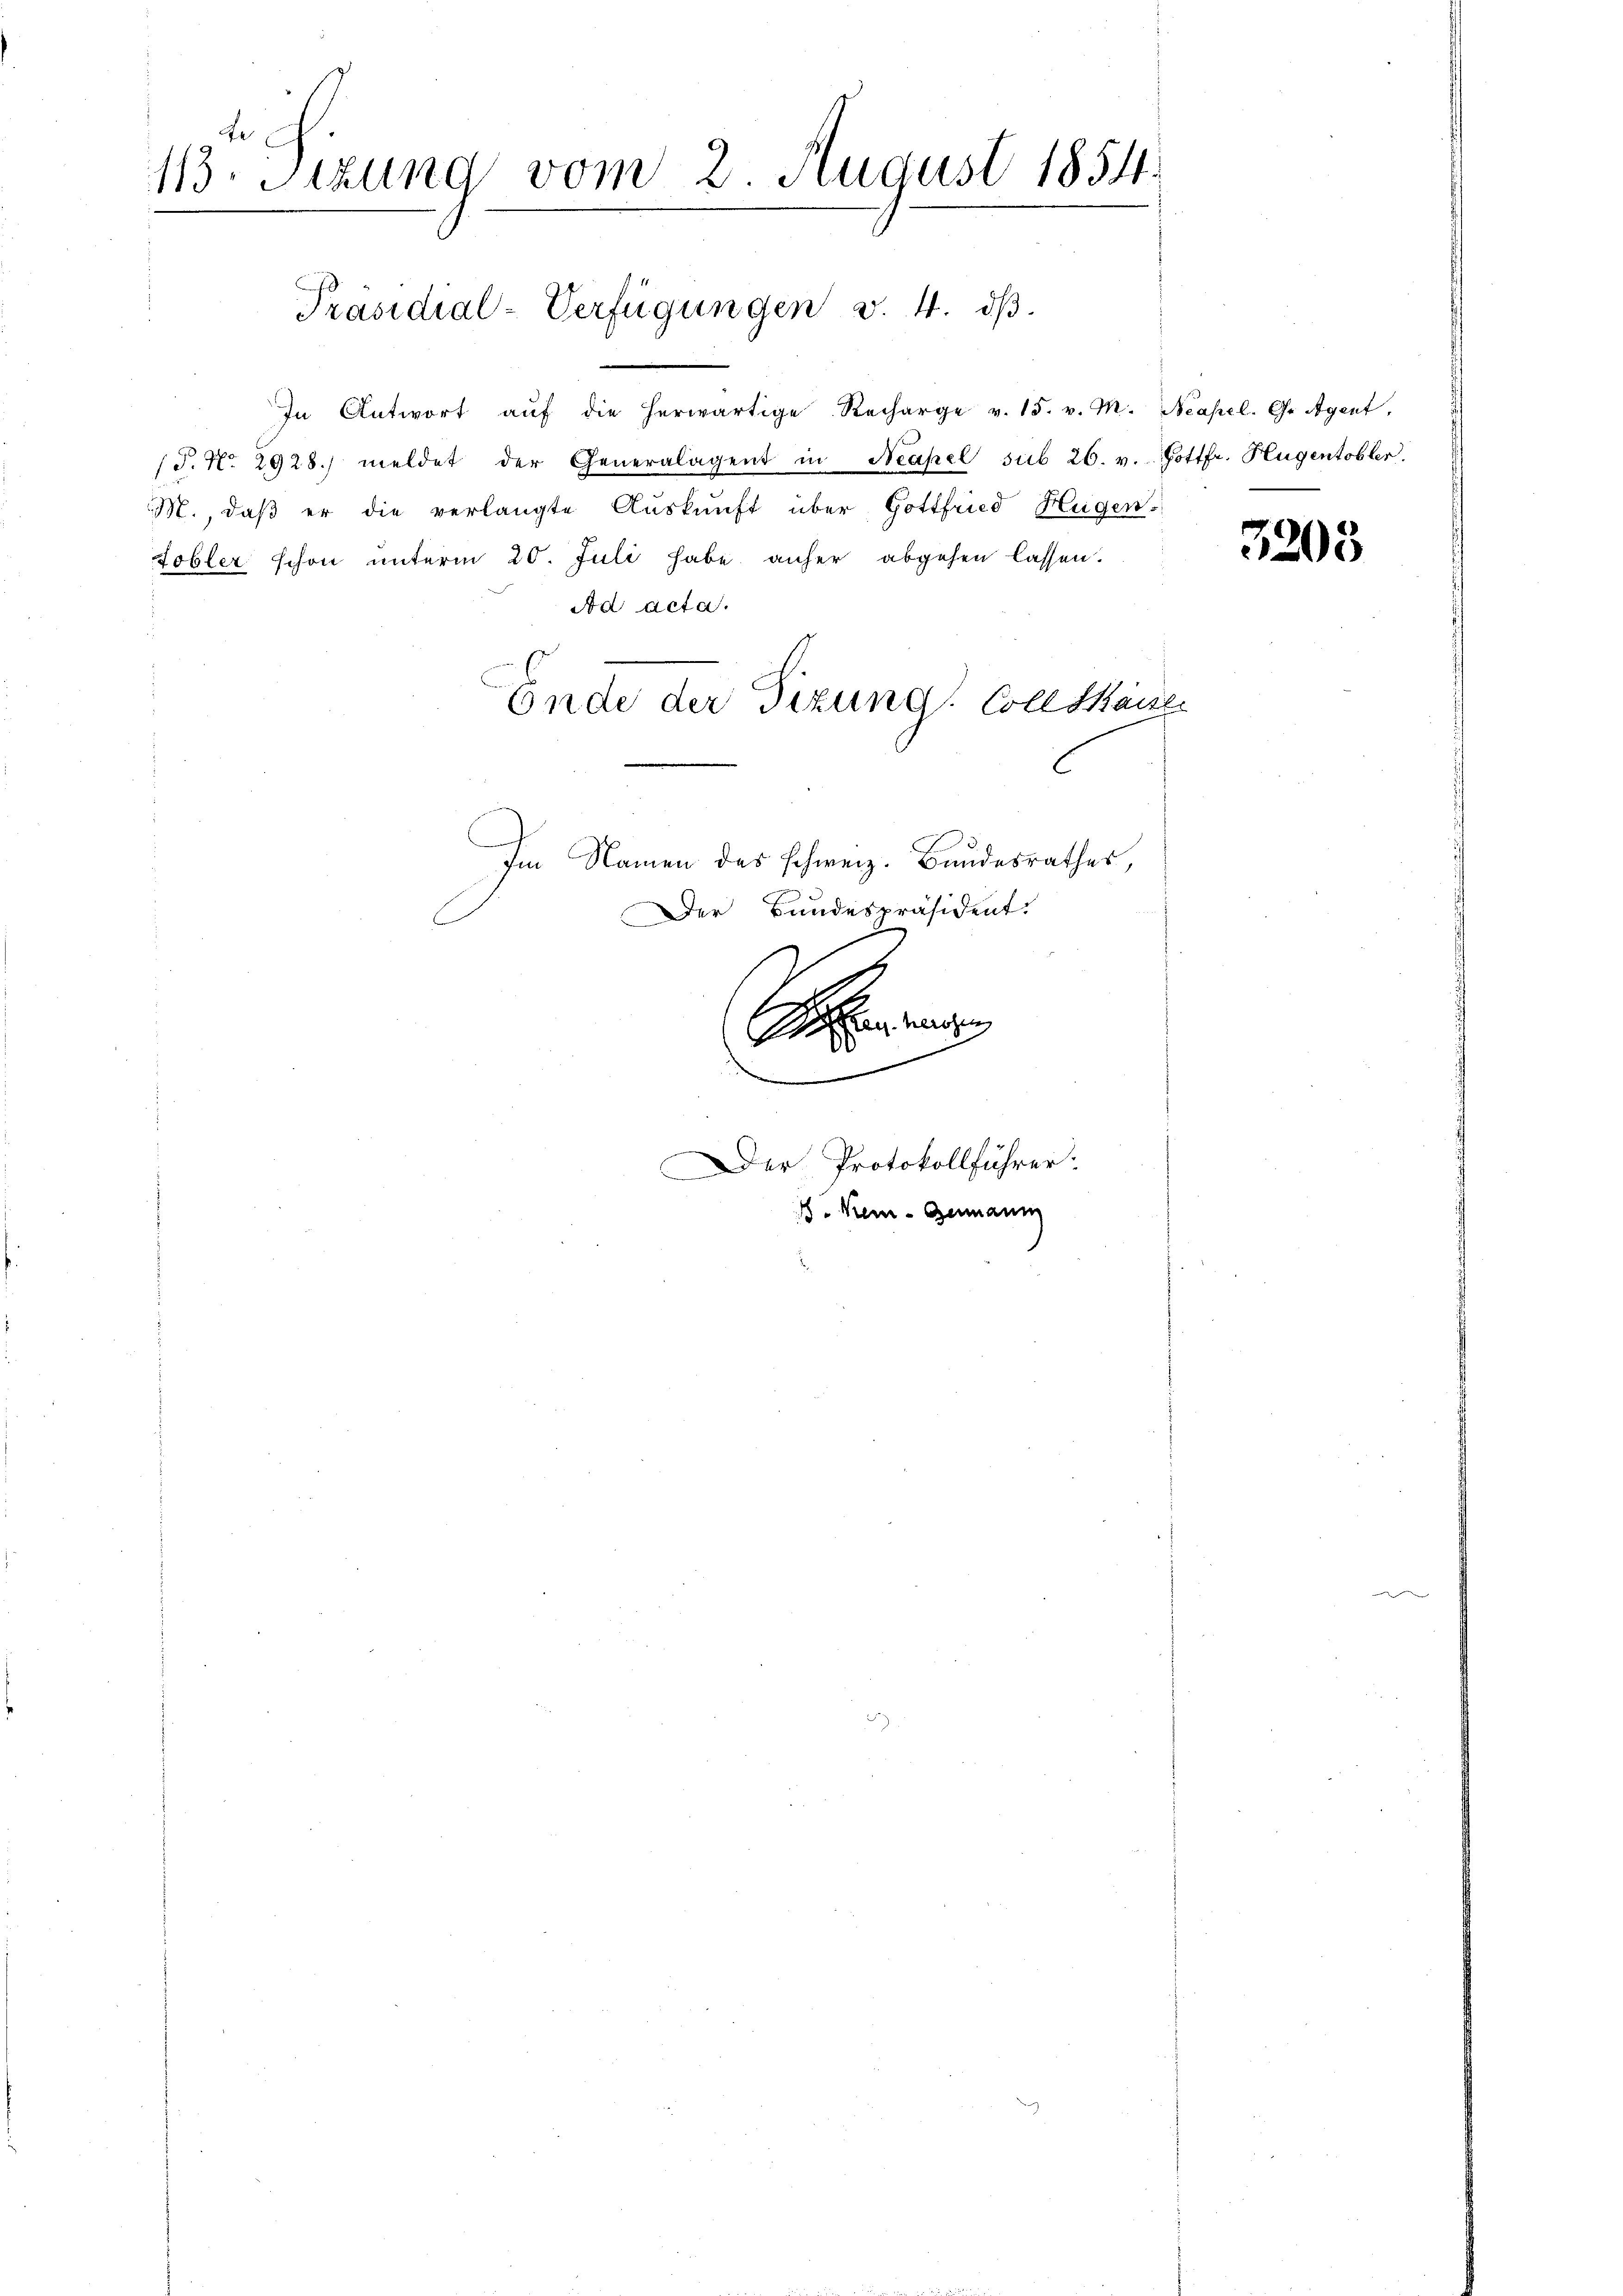
113. Sitzung vom 2. August 1854.

Präsidial-Verfügungen v. 4. dβ.

In Antwort aŭf die herwärtige Recharge v. 15. v. M. Neapel. Ge Agent,
/J. No 2928.) meldet der Generalagent in Neapel sub 26. v. Gottfr. Hugentobler.
M., daβ er die verlangte Aŭskŭnft über Gottfried Hugen.
tobler schon unterm 20. Juli habe anher abgehen lassen.
Ad acta.
Ende der Sizung. Coll Kaise
C

Im Namen des schweiz. Bandesrathes,
Der Bundespräsident.
G
0

Der Protokollführer
. Kein - Genann

3205